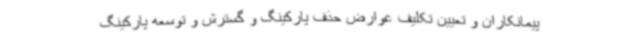
پیمانکاران و تعیین تکلیف عوارض حذف پارکینگ و گسترش و توسعه پارکینگ